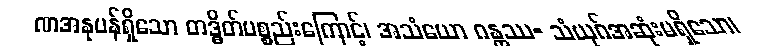
ဏအနုဗန်ရှိသော တဒ္ဓိတ်ပစ္စည်းကြောင့်၊ အသံယော ဂန္တဿ- သံယုဂ်အဆုံးမရှိသော၊